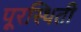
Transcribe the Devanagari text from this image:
पूरस्थिती